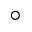
\circ